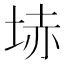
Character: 𡋽